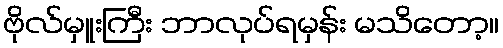
ဗိုလ်မှူးကြီး ဘာလုပ်ရမှန်း မသိတော့။